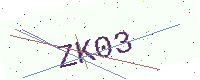
Text: ZK03